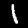
Label: 1